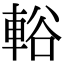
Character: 輍